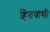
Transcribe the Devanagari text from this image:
हितवाणी